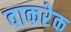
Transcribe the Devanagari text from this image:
वाकरेक